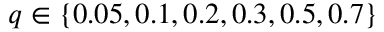
q \in \{ 0 . 0 5 , 0 . 1 , 0 . 2 , 0 . 3 , 0 . 5 , 0 . 7 \}